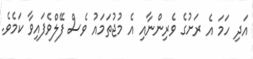
އަދި ހަމަ އެ ރަށުގެ ވެރިންނާއި އެ މުޖުތަމައު ވެސް ފޭލްވެފައިވާ ކަމެވެ.